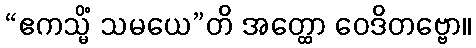
“ဧကသ္မိံ သမယေ”တိ အတ္ထော ဝေဒိတဗ္ဗော။